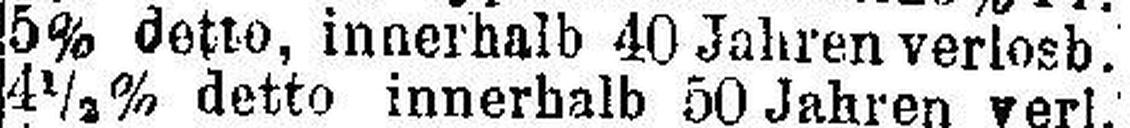
5% detto, innerhalb 40 Jahren verlosb.